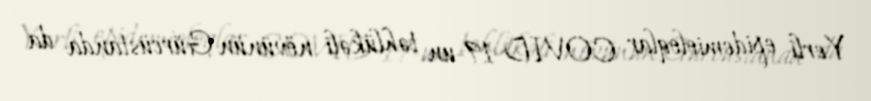
Yerli epidemioloqlar COVID-19-un təhlükəli növünün Gürcüstanda da